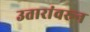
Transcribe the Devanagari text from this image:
उतारांवरून